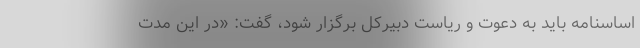
اساسنامه باید به دعوت و ریاست دبیرکل برگزار شود، گفت: «در این مدت